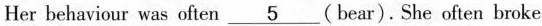
Her behaviour was often \underline{5}(bear).She often broke